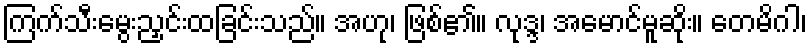
ကြက်သီးမွေးညှင်းထခြင်းသည်။ အဟု၊ ဖြစ်၏။ လုဒ္ဒ၊ အမောင်မူဆိုး။ တေမိဂါ၊